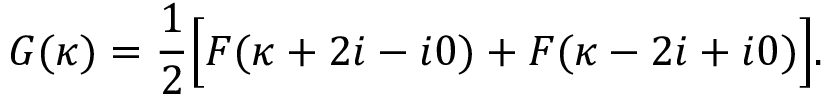
G ( \kappa ) = \frac { 1 } { 2 } \Bigl [ F ( \kappa + 2 i - i 0 ) + F ( \kappa - 2 i + i 0 ) \Bigr ] .